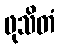
ဖုသိတံ